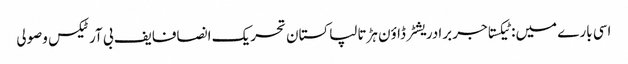
اسی بارے میں: ٹیکستاجر برادریشٹر ڈاؤن ہڑتالپاکستان تحریک انصافایف بی آرٹیکس وصولی